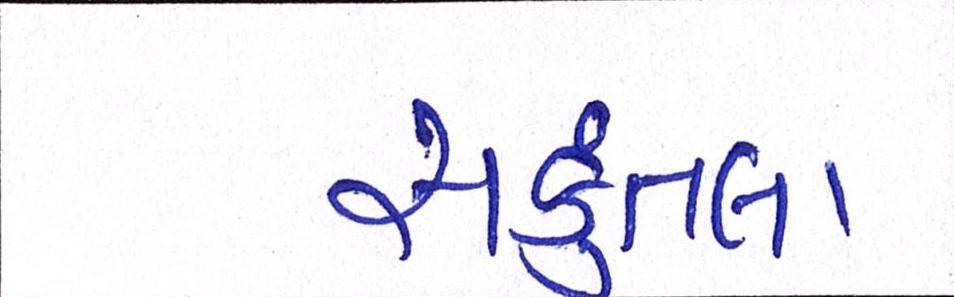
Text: સકુંતલા